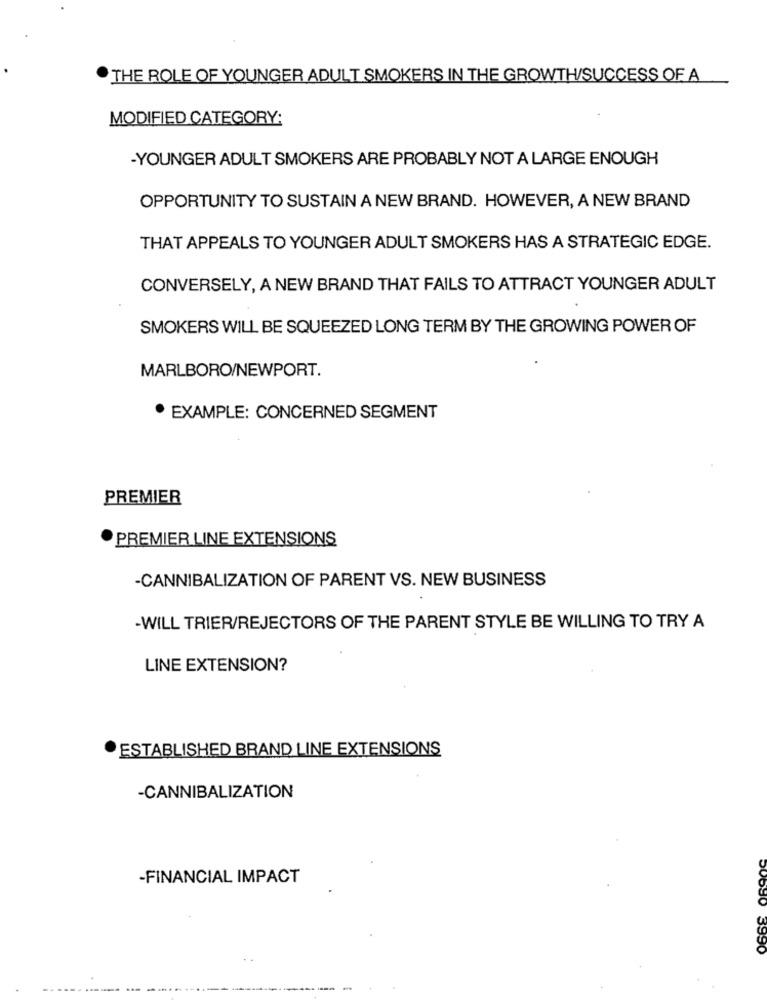
THE ROLE OF YOUNGER ADULT SMOKERS IN THE GROWTH/SUCCESS OF A
MODIFIED CATEGORY:
-YOUNGER ADULT SMOKERS ARE PROBABLY NOT A LARGE ENOUGH
OPPORTUNITY TO SUSTAIN A NEW BRAND. HOWEVER, A NEW BRAND
THAT APPEALS TO YOUNGER ADULT SMOKERS HAS A STRATEGIC EDGE.
CONVERSELY, A NEW BRAND THAT FAILS TO ATTRACT YOUNGER ADULT
SMOKERS WILL BE SQUEEZED LONG TERM BY THE GROWING POWER OF
MARLBORO/NEWPORT.
EXAMPLE: CONCERNED SEGMENT
PREMIER
PREMIER LINE EXTENSIONS
-CANNIBALIZATION OF PARENT VS. NEW BUSINESS
-WILL TRIER/REJECTORS OF THE PARENT STYLE BE WILLING TO TRY A
LINE EXTENSION?
ESTABLISHED BRAND LINE EXTENSIONS
-CANNIBALIZATION
-FINANCIAL IMPACT
3990